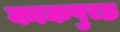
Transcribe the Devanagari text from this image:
काकपुच्छ